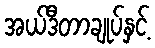
အယ်ဒီတာချုပ်နှင့်